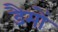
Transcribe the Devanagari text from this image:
डैमों